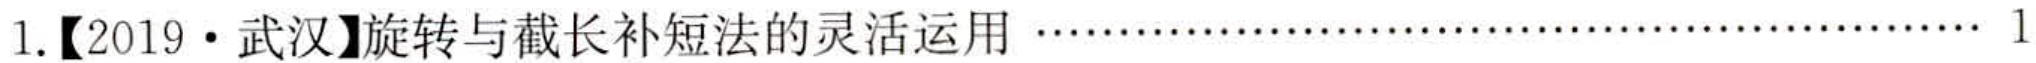
1.【2019 • 武汉】旋转与截长补短法的灵活运用······ 1